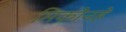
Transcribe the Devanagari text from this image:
मिकोनहे